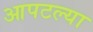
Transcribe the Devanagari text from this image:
आपटल्या